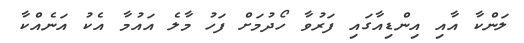
ލަންކާ އާއި އިންޑިއާގައި ފަރުވާ ހޯދުމަށް ފަހު މާލެ އައުމާ އެކު އަނެއްކާ